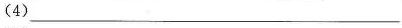
(4)___